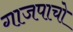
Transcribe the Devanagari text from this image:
गाजपाचो